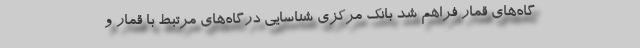
گاه‌های قمار فراهم شد بانک مرکزی شناسایی درگاه‌های مرتبط با قمار و